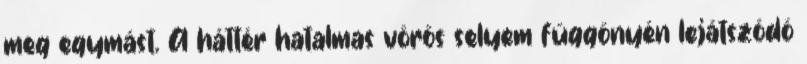
meg egymást. A háttér hatalmas vörös selyem függönyén lejátszódó